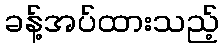
ခန့်အပ်ထားသည့်